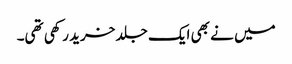
میں نے بھی ایک جلد خرید رکھی تھی۔